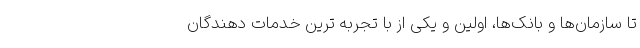
تا سازمان‌ها و بانک‌ها، اولین و یکی از با تجربه ترین خدمات دهندگان